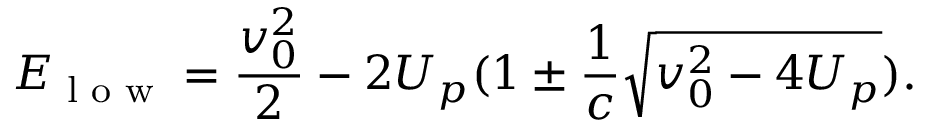
E _ { \textrm { l o w } } = \frac { v _ { 0 } ^ { 2 } } { 2 } - 2 U _ { p } ( 1 \pm \frac { 1 } { c } \sqrt { v _ { 0 } ^ { 2 } - 4 U _ { p } } ) .